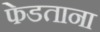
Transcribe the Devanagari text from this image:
फेडताना